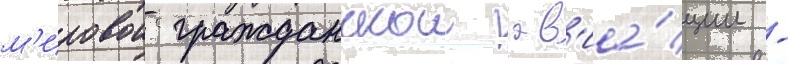
м'ировои гражданскои ав'иа́ции -